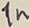
Text: 1n